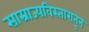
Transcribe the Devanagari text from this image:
साम्राज्यविस्तारातून